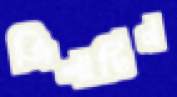
জিলাটিন